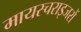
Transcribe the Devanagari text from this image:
मायस्चराइजरों